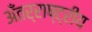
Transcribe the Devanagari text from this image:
अँतर्राष्ट्रीय